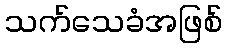
သက်သေခံအဖြစ်